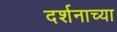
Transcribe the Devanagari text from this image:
दर्शनाच्या